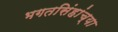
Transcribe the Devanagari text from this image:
भगतसिंहांच्या